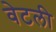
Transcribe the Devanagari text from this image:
वेटली